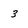
Character: 3